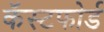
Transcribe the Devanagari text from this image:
कॅस्टफोर्ड